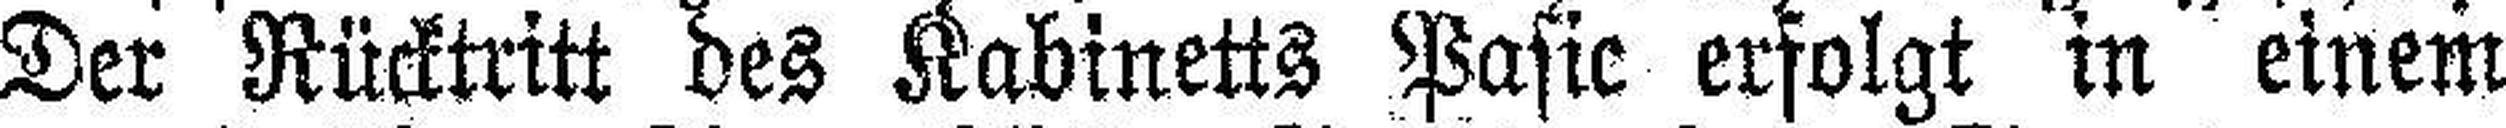
Der Rücktritt des Kabinetts Pasic erfolgt in einem